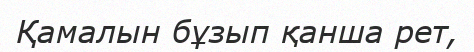
Қамалын бұзып қанша рет,